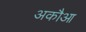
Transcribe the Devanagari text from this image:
अकौआ